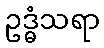
ဥဒ္ဓံသရာ